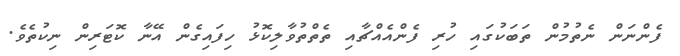
ފެންނަން ނެތުމުން ތަބަކުގައި ހުރި ފެންއެއްޗާއި ތެތްތުވާލިކޮޅު ހިފައިގެން އޭނާ ކޮޓަރިން ނިކުތެވެ.